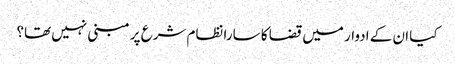
کیا ان کے ادوار میں قضا کا سارا نظام شرع پر مبنی نہیں تھا؟